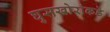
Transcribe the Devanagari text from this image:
घुसखोरांकडे